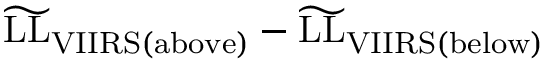
\widetilde \mathrm { L L } _ { \mathrm { V I I R S ( a b o v e ) } } - \widetilde \mathrm { L L } _ { \mathrm { V I I R S ( b e l o w ) } }